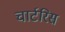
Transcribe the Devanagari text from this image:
चार्टरिस